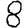
Digit: 8